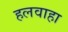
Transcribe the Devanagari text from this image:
हलवाहा